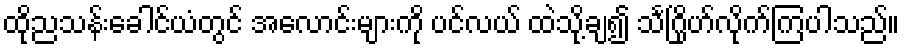
ထိုညသန်းခေါင်ယံတွင် အလောင်းများကို ပင်လယ် ထဲသို့ချ၍ သင်္ဂြိုဟ်လိုက်ကြပါသည်။